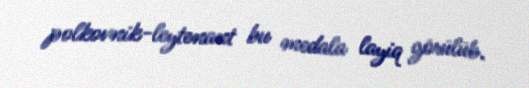
polkovnik-leytenant bu medala layiq görülüb.